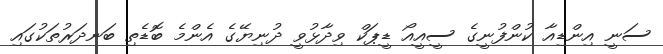
ސަނީ އިންޑިއާ ކުންފުނީގެ ސީއީއޯ ޑީޕަކް ވިދާޅުވީ ދުނިޔޭގެ އެންމެ ބޮޑެތި ބަނދަރުތަކުގައި